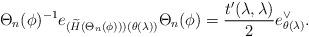
LaTeX: \begin{align*}\Theta_n(\phi)^{-1}e_{(\widetilde{H}(\Theta_n(\phi)))(\theta(\lambda))}\Theta_n(\phi)=\frac{t'(\lambda,\lambda)}{2}e_{\theta(\lambda)}^\vee.\end{align*}